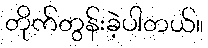
တိုက်တွန်းခဲ့ပါတယ်။